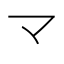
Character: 龴